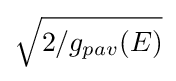
{\sqrt {2/g_{pav}(E)}}